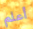
أعلم